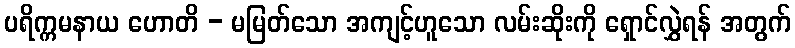
ပရိက္ကမနာယ ဟောတိ - မမြတ်သော အကျင့်ဟူသော လမ်းဆိုးကို ရှောင်လွှဲရန် အတွက်